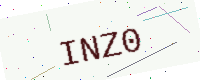
Text: INZ0